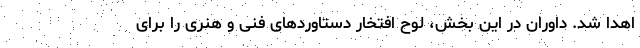
اهدا شد. داوران در این بخش، لوح افتخار دستاورد‌های فنی و هنری را برای